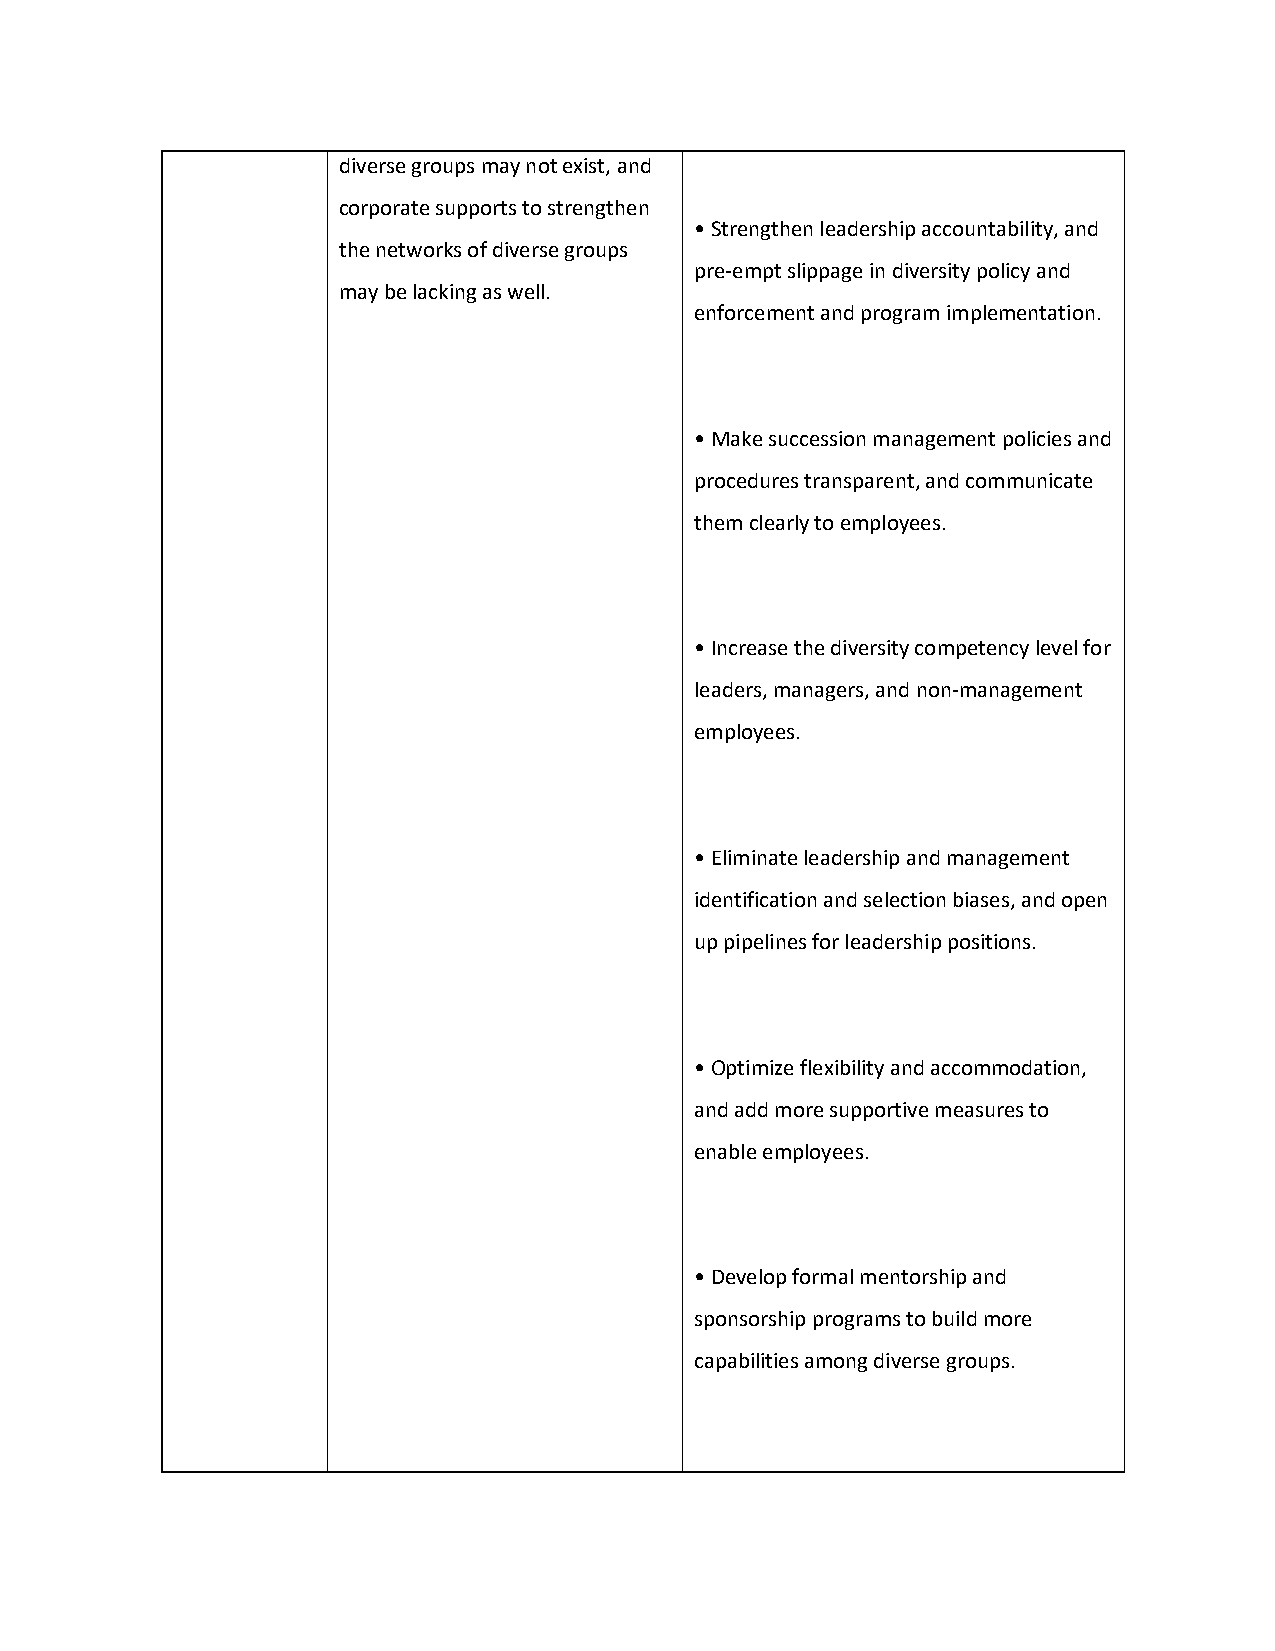
diverse groups may not exist, and
 corporate supports to strengthen
 • Strengthen leadership accountability, and
 the networks of diverse groups
 pre-empt slippage in diversity policy and
 may be lacking as well.
 enforcement and program implementation.
 • Make succession management policies and
 procedures transparent, and communicate
 them clearly to employees.
 • Increase the diversity competency level for
 leaders, managers, and non-management
 employees.
 • Eliminate leadership and management
 identification and selection biases, and open
 up pipelines for leadership positions.
 • Optimize flexibility and accommodation,
 and add more supportive measures to
 enable employees.
 • Develop formal mentorship and
 sponsorship programs to build more
 capabilities among diverse groups.